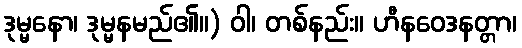
ဒုမ္မနော၊ ဒုမ္မနမည်၏။) ဝါ၊ တစ်နည်း။ ဟီနဝေဒနတ္တာ၊